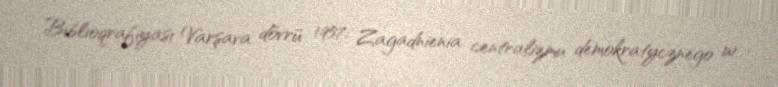
Biblioqrafiyası Varşava dövrü 1957: Zagadnienia centralizmu demokratycznego w